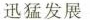
迅猛发展